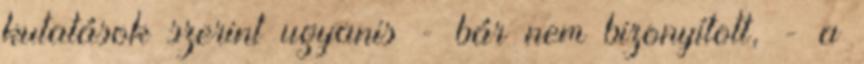
kutatások szerint ugyanis - bár nem bizonyított, - a